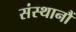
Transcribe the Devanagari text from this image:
संस्थानौं